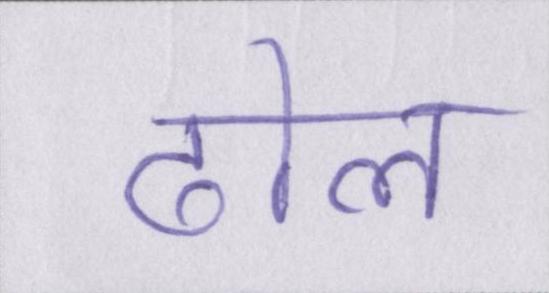
ढोल